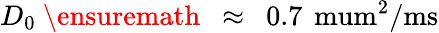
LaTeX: D_{0}\mathrm{~\ensuremath~{~\approx~}~}0.7\, \mathrm{\ mum^{2}/ms}